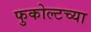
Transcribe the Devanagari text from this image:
फुकोल्टच्या